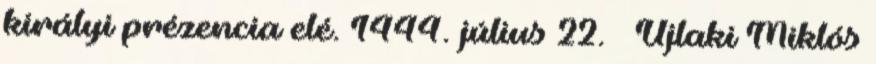
királyi prézencia elé. 1444. július 22. – Újlaki Miklós